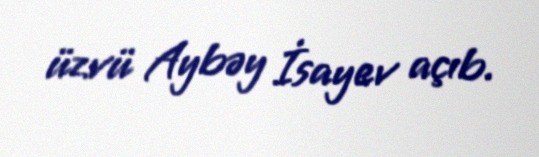
üzvü Aybəy İsayev açıb.